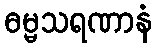
ဓမ္မသရဏာနံ